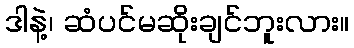
ဒါနဲ့၊ ဆံပင်မဆိုးချင်ဘူးလား။